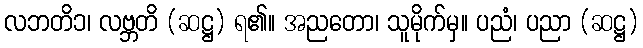
လဘတိ၁၊ လဗ္ဘတိ (ဆဋ္ဌ) ရ၏။ အညတော၊ သူမိုက်မှ။ ပညံ၊ ပညာ (ဆဋ္ဌ)